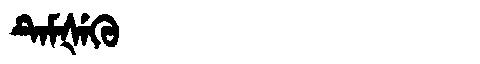
Manchu: ᡨᡝᠮᡧᡝᡴᡠ
Romanization: TEMŠEKU